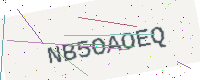
Text: NB5OAOEQ